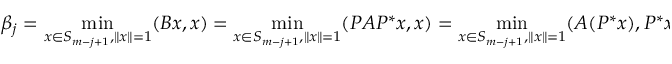
\beta _ { j } = \operatorname* { m i n } _ { x \in S _ { m - j + 1 } , \| x \| = 1 } ( B x , x ) = \operatorname* { m i n } _ { x \in S _ { m - j + 1 } , \| x \| = 1 } ( P A P ^ { * } x , x ) = \operatorname* { m i n } _ { x \in S _ { m - j + 1 } , \| x \| = 1 } ( A ( P ^ { * } x ) , P ^ { * } x ) \leq \alpha _ { n - m + j } ,